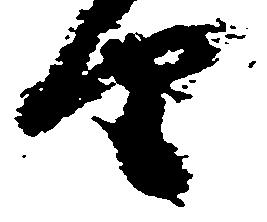
由